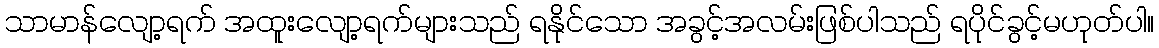
သာမာန်လျော့ရက် အထူးလျော့ရက်များသည် ရနိုင်သော အခွင့်အလမ်းဖြစ်ပါသည် ရပိုင်ခွင့်မဟုတ်ပါ။